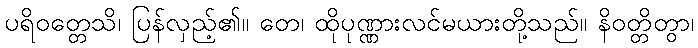
ပရိဝတ္တေသိ၊ ပြန်လှည့်၏။ တေ၊ ထိုပုဏ္ဏားလင်မယားတို့သည်။ နိဝတ္တိတွာ၊